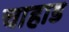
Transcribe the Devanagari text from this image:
चाहाड